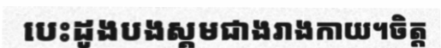
បេះដូងបងស្គមជាងរាងកាយ។ចិត្ត